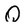
Character: Q